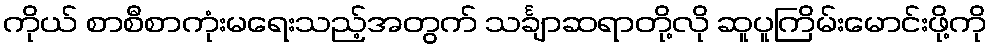
ကိုယ် စာစီစာကုံးမရေးသည့်အတွက် သင်္ချာဆရာတို့လို ဆူပူကြိမ်းမောင်းဖို့ကို